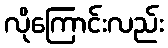
လိုကြောင်းလည်း